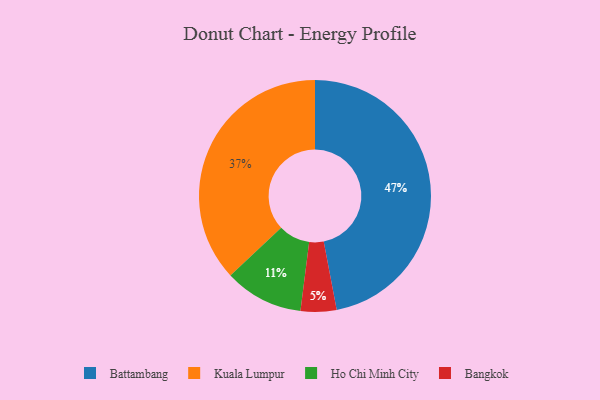
{"axis": {"x": "Category", "y": "Percentage"}, "legend": ["Bangkok", "Battambang", "Ho Chi Minh City", "Kuala Lumpur"], "data": [{"x": "Bangkok", "y": 5, "type": "Bangkok"}, {"x": "Kuala Lumpur", "y": 37, "type": "Kuala Lumpur"}, {"x": "Ho Chi Minh City", "y": 11, "type": "Ho Chi Minh City"}, {"x": "Battambang", "y": 47, "type": "Battambang"}]}